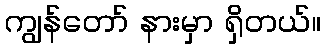
ကျွန်တော် နားမှာ ရှိတယ်။